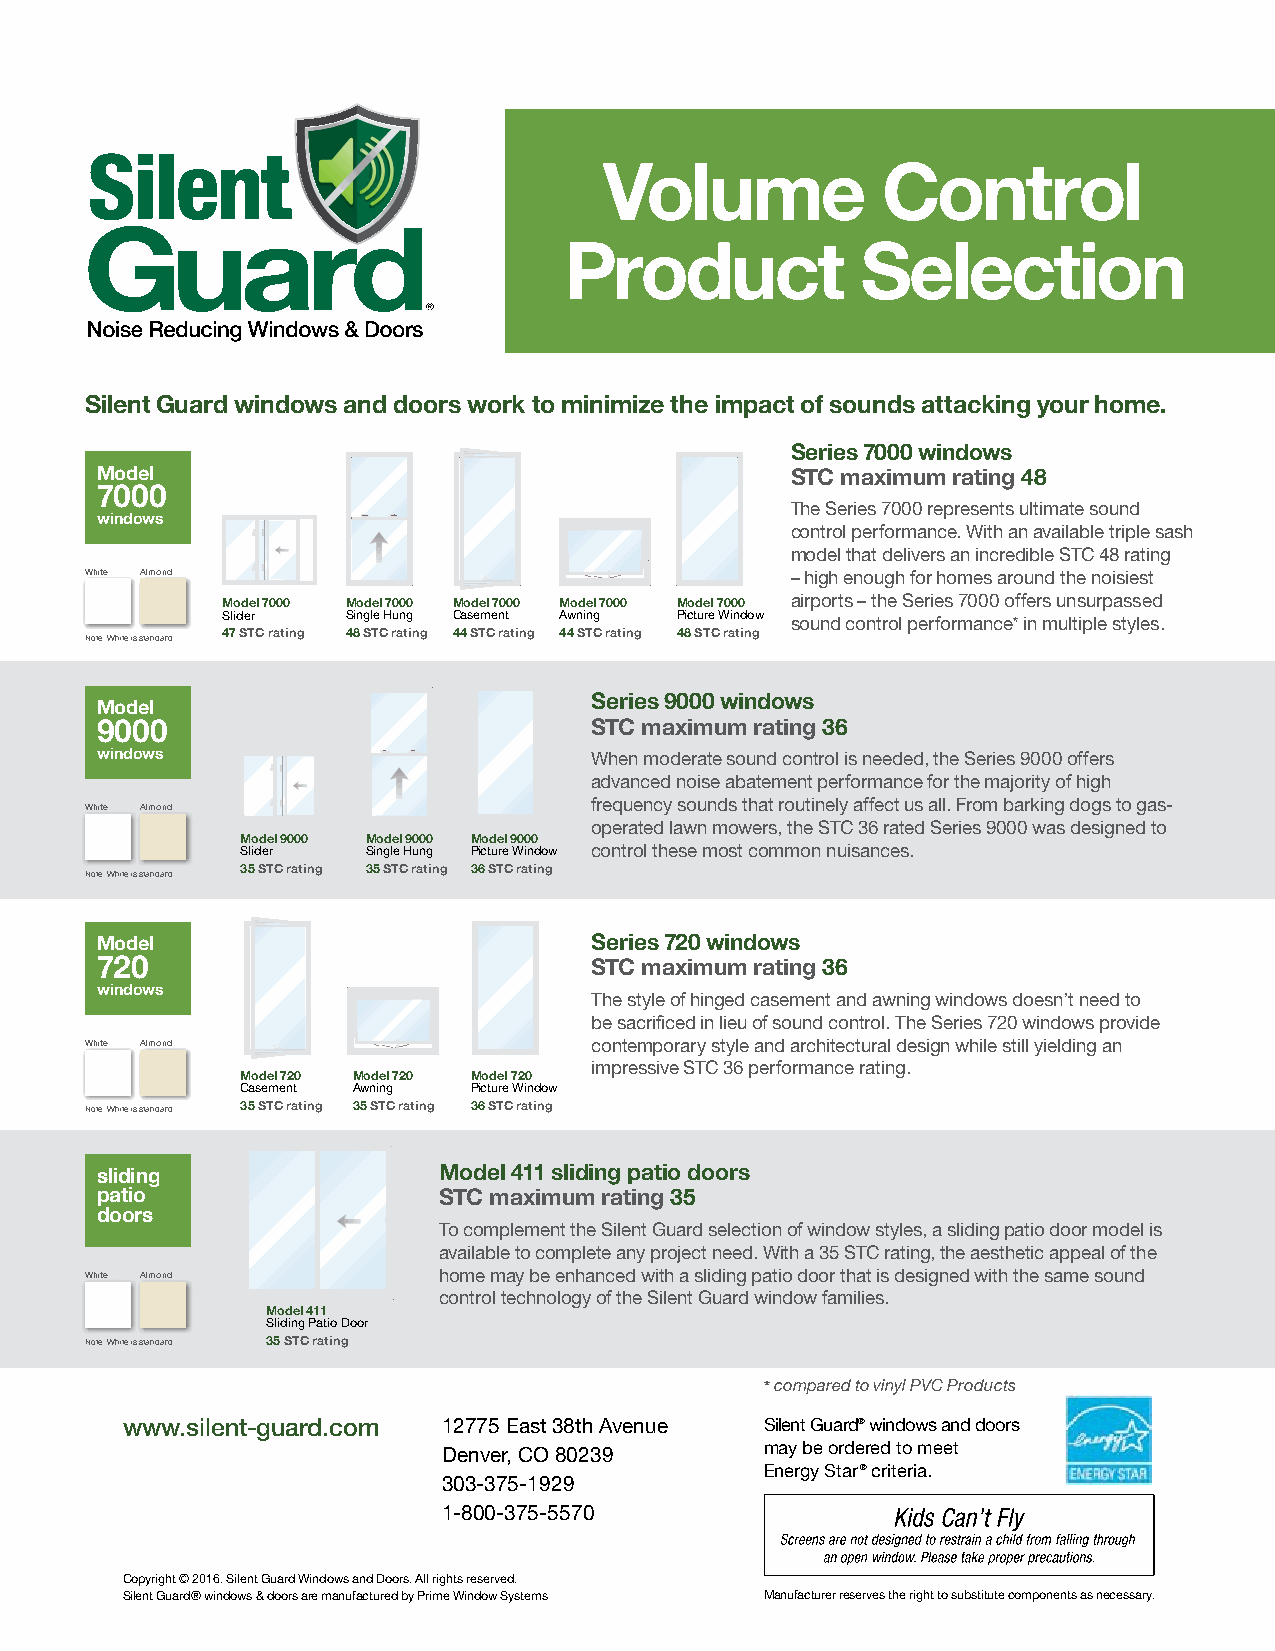
Volume            Control
 Product             Selection
 Silent Guard windows and doors work to minimize the impact of sounds attacking your home.
 Series 7000 windows
 Model                                         STC maximum rating 48
 7000
 The Series 7000 represents ultimate sound
 windows
 control performance. With an available triple sash
 model that delivers an incredible STC 48 rating
 White Almond                                  – high enough for homes around the noisiest
 Model 7000 Model 7000 Model 7000 Model 7000 Model 7000 airports – the Series 7000 offers unsurpassed
 Slider  Single Hung Casement Awning Picture Window sound control performance* in multiple styles.
 47 STC rating 48 STC rating 44 STC rating 44 STC rating 48 STC rating
 Note: White is standard
 Series 9000 windows
 Model
 9000                             STC maximum rating 36
 windows                          When moderate sound control is needed, the Series 9000 offers
 advanced noise abatement performance for the majority of high
 frequency sounds that routinely affect us all. From barking dogs to gas-
 White Almond
 operated lawn mowers, the STC 36 rated Series 9000 was designed to
 Model 9000 Model 9000 Model 9000
 Slider  Single Hung Picture Window control these most common nuisances.
 35 STC rating 35 STC rating 36 STC rating
 Note: White is standard
 Model                            Series 720 windows
 720                              STC maximum rating 36
 windows
 The style of hinged casement and awning windows doesn’t need to
 be sacrificed in lieu of sound control. The Series 720 windows provide
 White Almond                     contemporary style and architectural design while still yielding an
 impressive STC 36 performance rating.
 Model 720 Model 720 Model 720
 Casement Awning Picture Window
 Note: White is standard 35 STC rating 35 STC rating 36 STC rating
 sliding                Model 411 sliding patio doors
 patio                  STC maximum rating 35
 doors
 To complement the Silent Guard selection of window styles, a sliding patio door model is
 available to complete any project need. With a 35 STC rating, the aesthetic appeal of the
 White Almond           home may be enhanced with a sliding patio door that is designed with the same sound
 control technology of the Silent Guard window families.
 Model 411
 Sliding Patio Door
 Note: White is standard 35 STC rating
 * compared to vinyl PVC Products
 www.silent-guard.com 12775 East 38th Avenue Silent Guard® windows and doors
 Denver, CO 80239      may be ordered to meet
 Energy Star® criteria.
 303-375-1929
 1-800-375-5570
 Copyright © 2016. Silent Guard Windows and Doors. All rights reserved.
 Silent Guard® windows & doors are manufactured by Prime Window Systems Manufacturer reserves the right to substitute components as necessary.